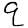
Digit: 9